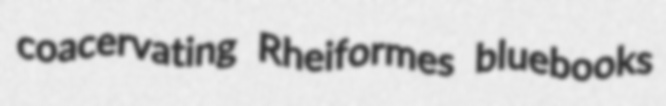
coacervating Rheiformes bluebooks